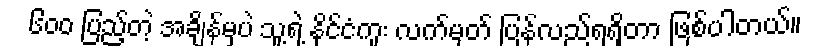
၆၀၀ ပြည့်တဲ့ အချိန်မှပဲ သူ့ရဲ့ နိုင်ငံကူး လက်မှတ် ပြန်လည်ရရှိတာ ဖြစ်ပါတယ်။